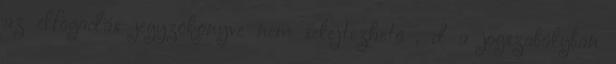
az elfogadás jegyzõkönyve nem selejtezhetõ , d a jogszabályban